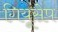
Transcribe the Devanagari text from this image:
गियूसेप